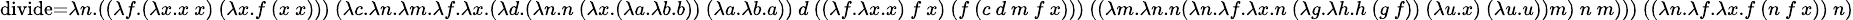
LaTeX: \scriptstyle\operatorname{divide}=\lambda n.((\lambda f.(\lambda x.x\ x)\ (\lambda x.f\ (x\ x)))\ (\lambda c.\lambda n.\lambda m.\lambda f.\lambda x.(\lambda d.(\lambda n.n\ (\lambda x.(\lambda a.\lambda b.b))\ (\lambda a.\lambda b.a))\ d\ ((\lambda f.\lambda x.x)\ f\ x)\ (f\ (c\ d\ m\ f\ x)))\ ((\lambda m.\lambda n.n(\lambda n.\lambda f.\lambda x.n\ (\lambda g.\lambda h.h\ (g\ f))\ (\lambda u.x)\ (\lambda u.u))m)\ n\ m)))\ ((\lambda n.\lambda f.\lambda x.f\ (n\ f\ x))\ n)